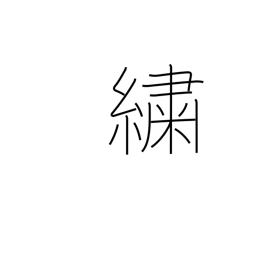
Meaning: figured cloth